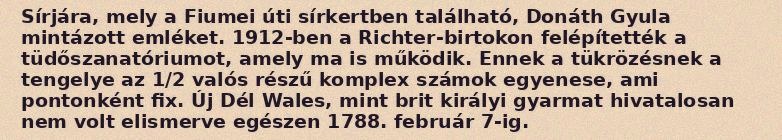
Sírjára, mely a Fiumei úti sírkertben található, Donáth Gyula mintázott emléket. 1912-ben a Richter-birtokon felépítették a tüdőszanatóriumot, amely ma is működik. Ennek a tükrözésnek a tengelye az 1/2 valós részű komplex számok egyenese, ami pontonként fix. Új Dél Wales, mint brit királyi gyarmat hivatalosan nem volt elismerve egészen 1788. február 7-ig.